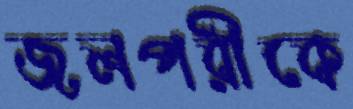
জলপরীকে